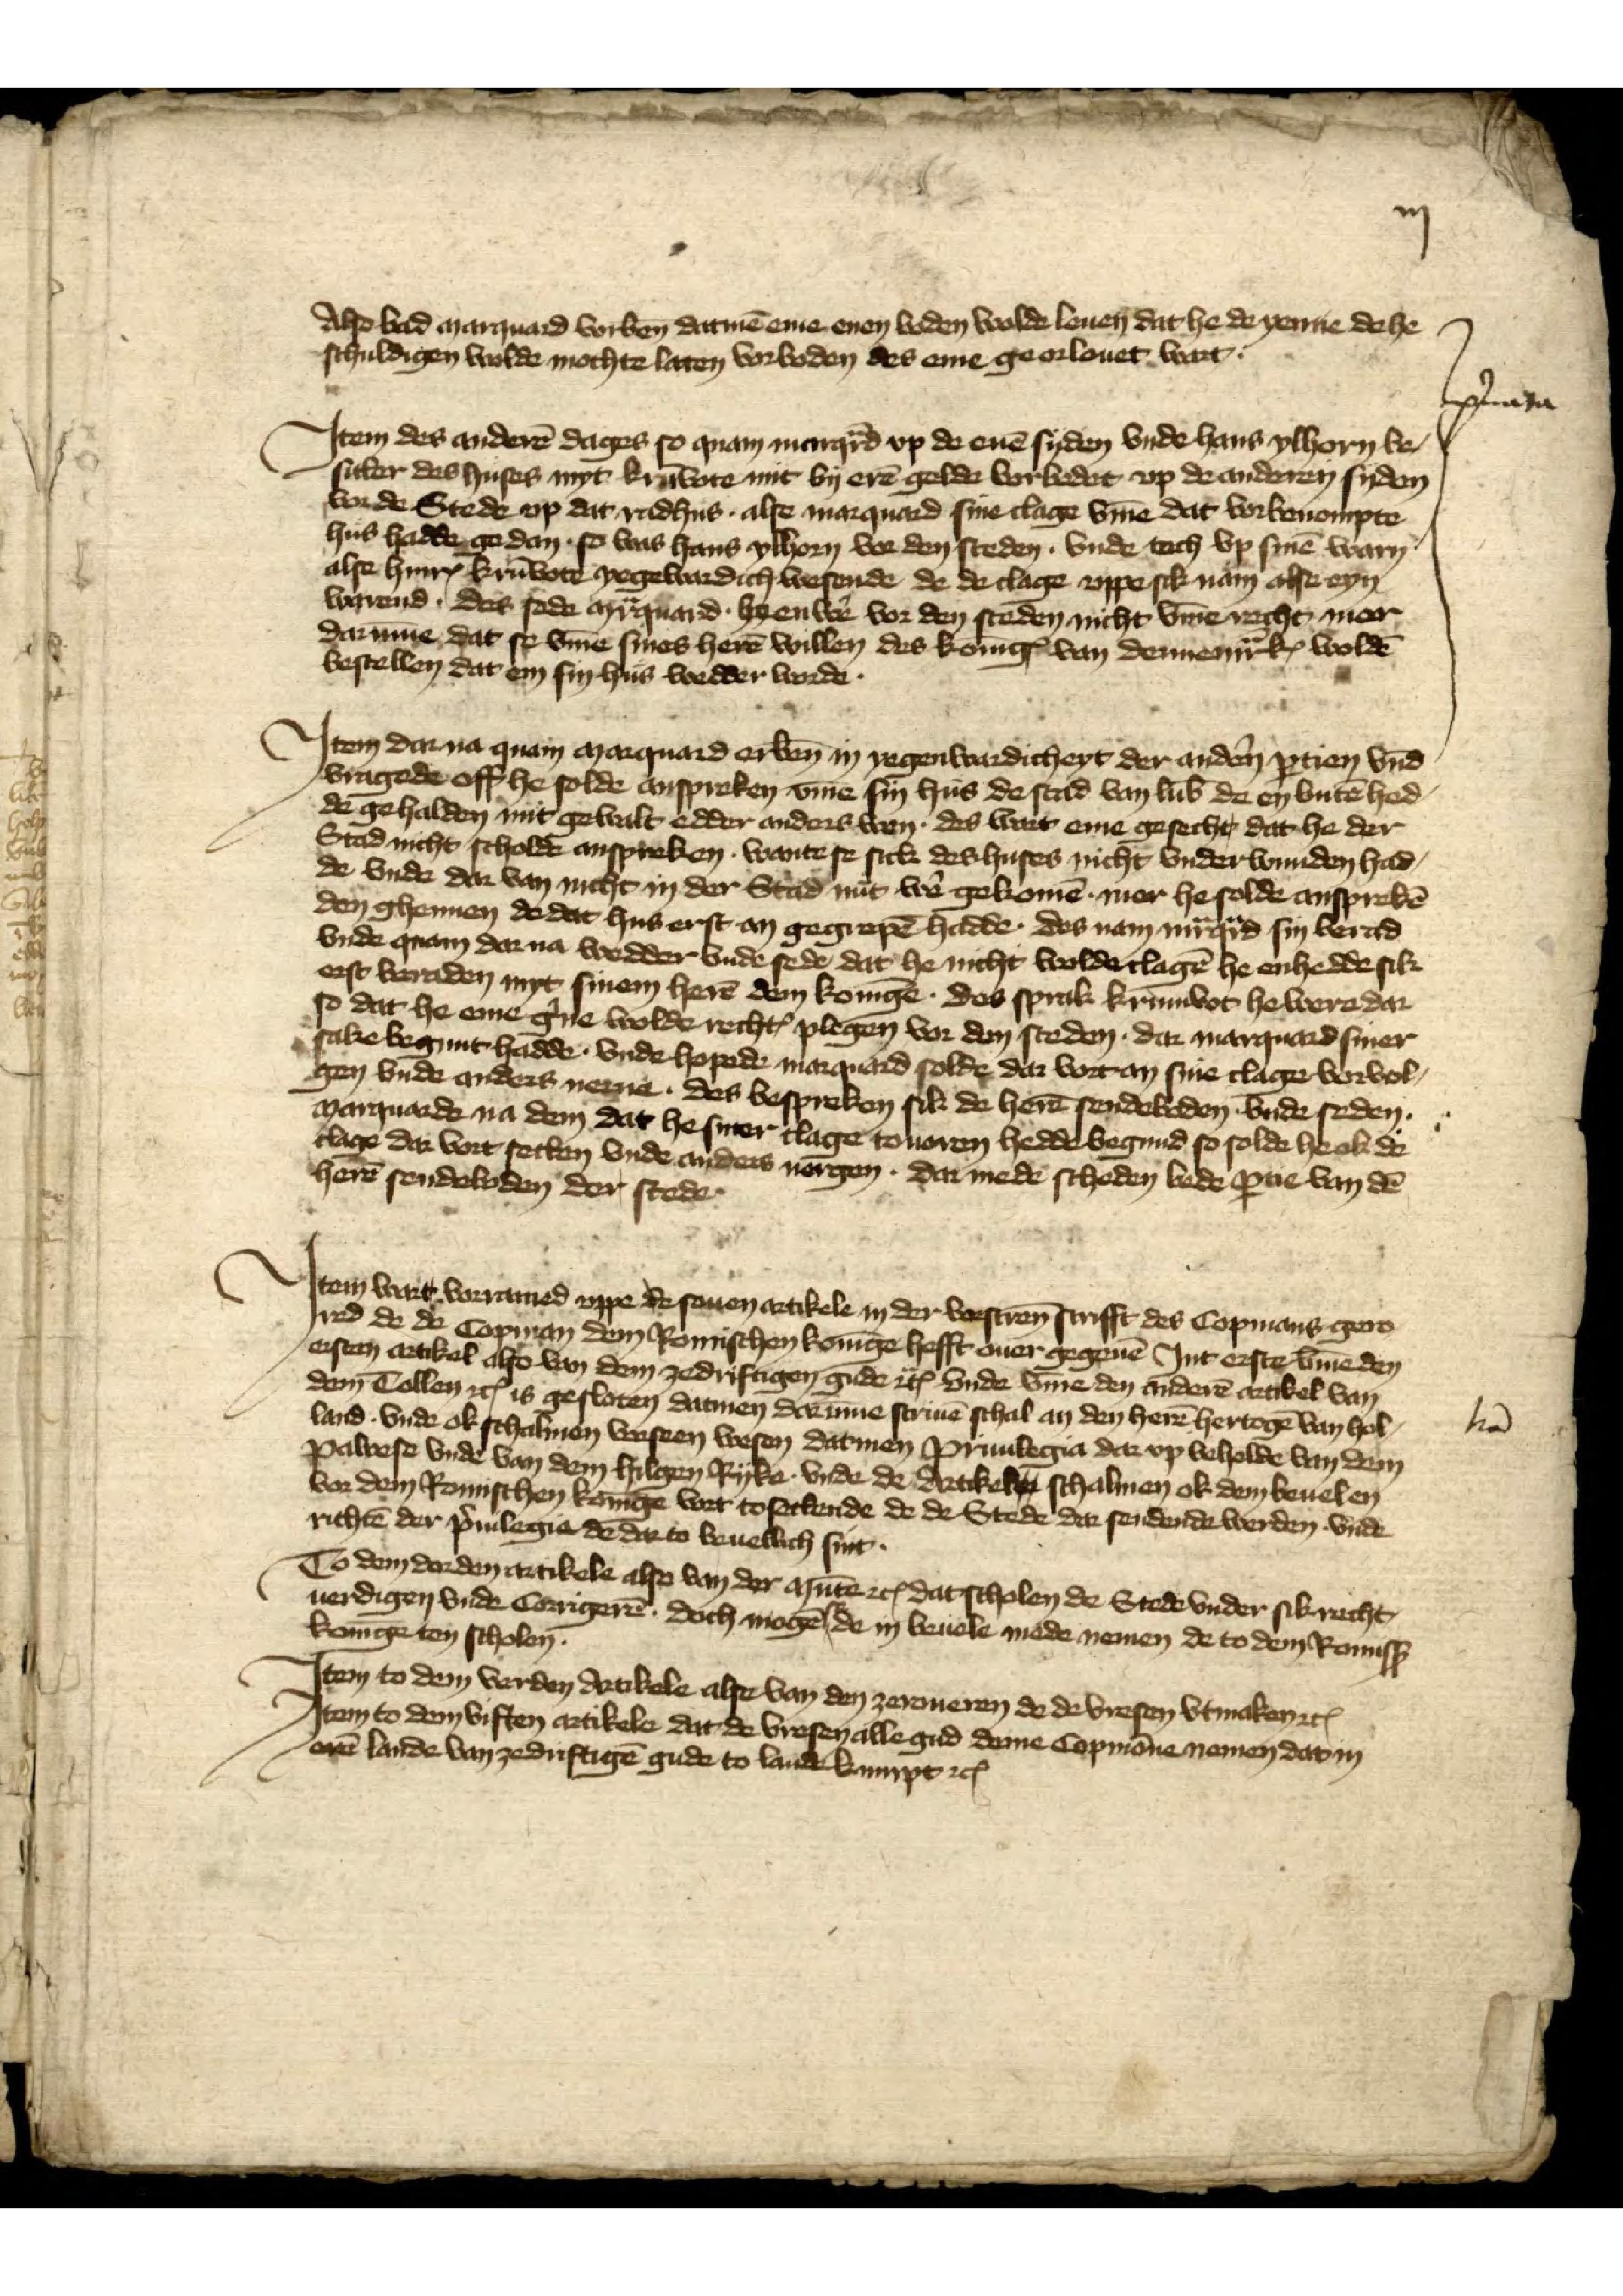
Also bad Marquad vorben̄ datmē eme enen boden wolde lenen dat he de yenne de he
schuldigen wolde mochte laten vorboden des eme georlouet wart.

Jtem des anderē dages so quam Marqͣrd vp de enē syden vnde Hans Ylhorn be¬
sitter des huses myt Krūvote mit by erē gelde vorbedet vp de anderen syden
vor de Stede vp dat radhus alse Marquard sine clage v̄me dat vorbenompte
hub hadde gedan so was Hans Ylhorn vor den steden vnde toch vp sinē warn
alse HinrꝬ Krūvote yegewardich wetende de de clage vppe sick nam alse eyn
warend. des sede Mͣrquard by en wẻ vor den steden nicht v̄me recht mer
darūme dat se v̄me sies herē willen des konīgꝬ van DennemͣrkꝬ woldē
bestellen dat en sin hus wedder worde.

Jtem dar na quam Marquard erben̄ in yegenwardicheyt der andẻn ꝑtien vnd
vragede off he solde anspreken v̄me sinn hus de stad van Lub̄ de en butē hed¬
de gehalden mit gewalt edder anders wen. des wart eme gesecht dat he der
Stad nicht scholde anspreken. wante se sick deshuses nicht vnderwunden had¬
de vnde dar van nicht in der Stad nut wẻ gekomē mer he solde ansprekē
den ghennen de dat hus erst an gegrepē hadde, des nam Mͣqͣrdad syn berad
vnde quam dar na wedder vnde sede dat he nicht wolderlagē he enhedde sik
erst beraden myt sinem herē dem konīge. des sprak Krumvote he were dar
so dat he eme g̉ne wolde rechtꝬ plegen vor den steden. dar Marquard siner
sake begunt hadde. vnde hopede Marquard solde dar vort an sine clage vervol¬
gen vnde anders nerne. des bespreken sik de herē sendebaden vnde seden
Marquarde na dem dat he siner clage touoren hedde begund so solde he ok de
clage dar vort setten vnde anders nergen. Dar mede scheden bede ꝑtie van dē
herē sendeboden der stede.

Jtem wart vorramed vppe de souen artikele in der vorscrēn scrifft des Copmans gero¬
red de de Copman dem Romischen konīge hefft ouer gegeuē Jnt erste v̄me den
ersten artikel also van den zedriftigen gude etꝬ vnde v̄me den anderē artikel van den
dem Tollen etꝬ is gesloten datmen darūme scriuē schal an den herē hertogē van Hol¬
land vnde ok schalmen vorseen wesen datmen Priuilegia dar vp beholde van dem
Pawese vnde van dem hilgen Ryke vnde de Artikele schalmen ok den beuelen
vor den Romischen konīge vort tosettende de de Stede dar sendende werden vnde
richtē der p̉uilegia de dar to beuellich sint.

To dem derden artikele alse van der Mūte dat scholden de Stede vnder sik recht¬
uerdigen vnde torrigerē. doch mogē se de in beuele mede nemen de to dem Romisß
Konīge ten scholen
richtē der p̉ulegie dedar to beuellich sint

Jtem to dem verden Artikele alse van den zeroueren de de Vresen vtmaken etꝬ

Jtem to dem viften artikele dat de Vresen alle gud deme Copmāne nemen dat in
erē lande van zedriftigē gude to lande kumpt etꝬ

iij

p̉nata

lt̄ā